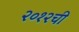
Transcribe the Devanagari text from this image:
२०१२ची